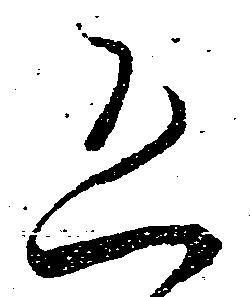
恐